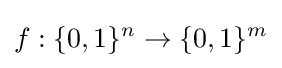
f:\{0,1\}^{n}\rightarrow \{0,1\}^{m}